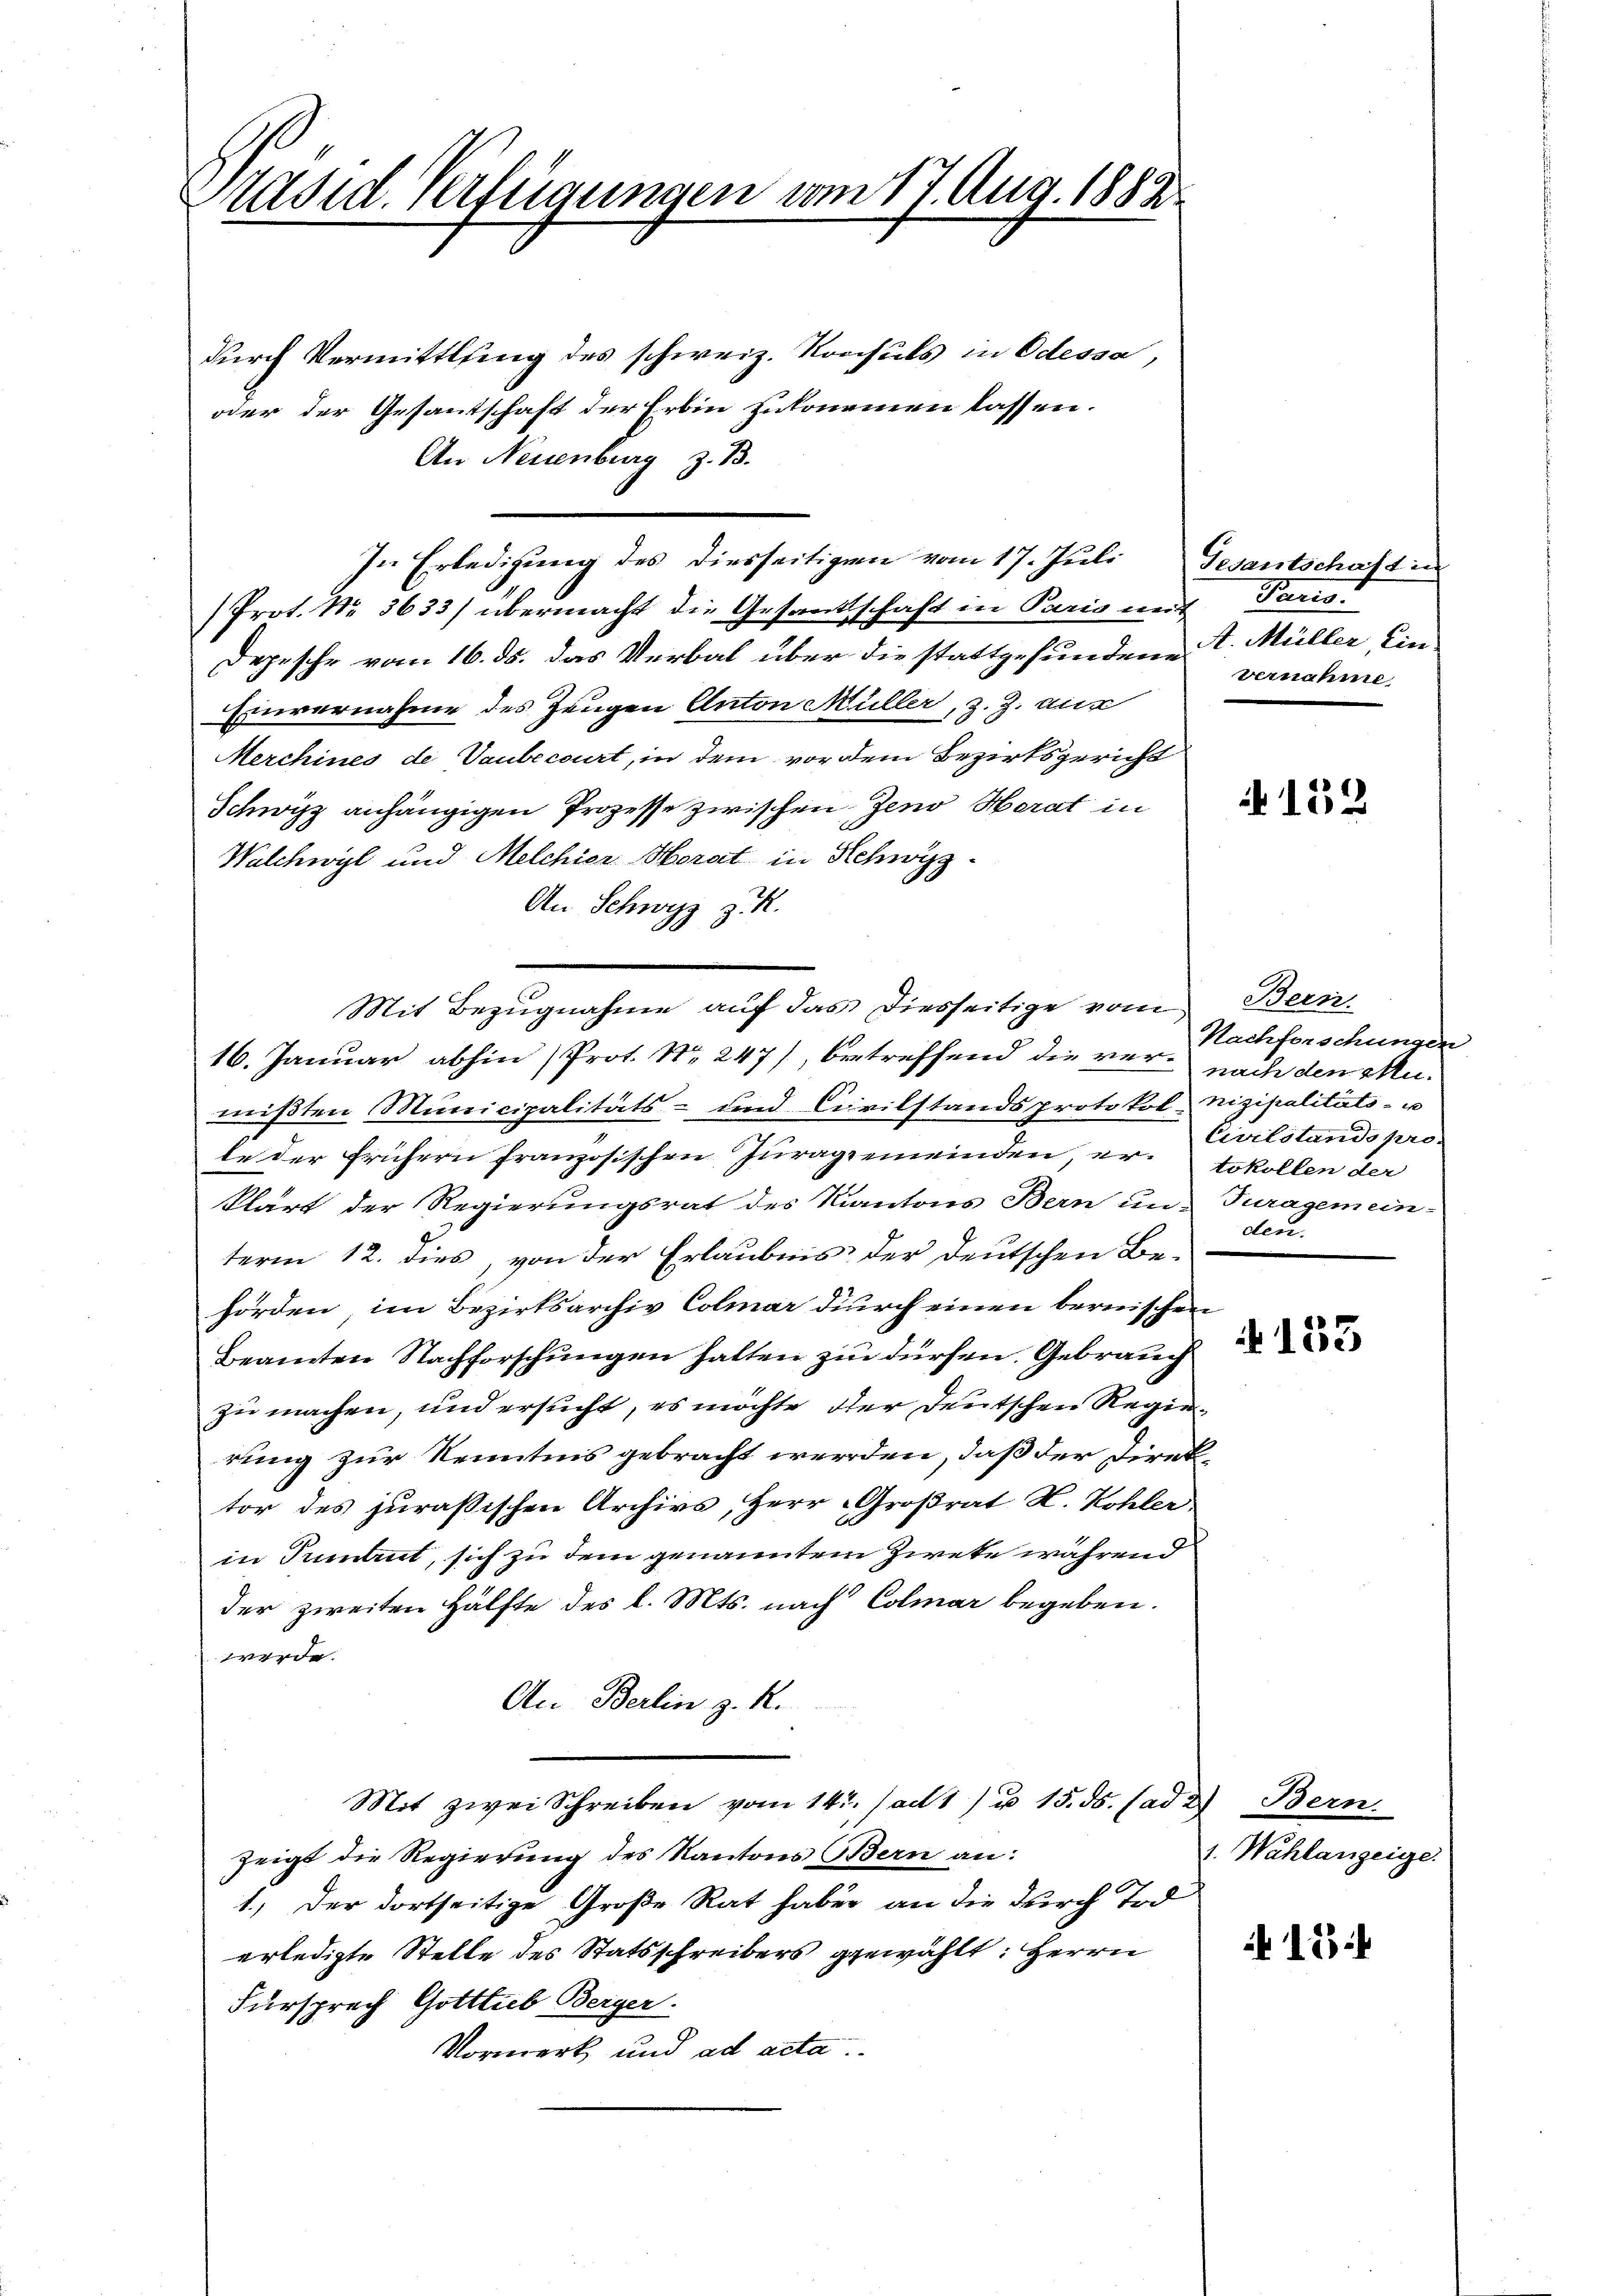
Präsid. Verfügungen vom 17. Aug. 1882

durch Vermittling des schweiz. Konsuls in Odessa,
oder der Gesantschaft der Erben zukommen lassen.
An Neuenburg z. B.
Prot. Nr. 3633/ übermacht die Gesandtschaft in Paris weit Paris.
Depesche vom 16. ds. das Verbal über die stattgefundene . Müller Ein-
Einvernahme des Zeugen Anton Müller, z. Z. nic
Merchines de Vaubecourt, in dem vor dem Bezirksgericht
Schwyz anhängigen Prozesse zwischen Zeno Herat in
Walchwyl und Melchier Horat in Schwyz
An Schwyz z. R.
16. Januar abhin (Prot. Nr. 247), betreffend die vernach den Mumißten Municipalitäts- und Civilstandsprotokol nizipalitäts- u
te der frühern französischen Juraggemeinden, er tokollen der
klärt der Regierungsrat des Kantons Bern in Turagemeinterm 12. dies, von der Erlaubnis der deutschen Behörden, im Bezirksarchiv Colmar durch einen bernischen
Beamten Nachforschungen halten zu dürfen. Gebrauch
zu machen, und ersucht, es möchte der Deutschen Regierung zur Kenntnis gebracht werden, daß der Direktor des jurassischen Archivs, Herr Großrat H. Kohler.
in Sument, sich zu dem genanntem Zweke während
der zweiten Hälfte des l. Mts. nach Colmar begeben.
werde.
An Berlin z. R.
Mit zwei Schreiben vom 14t. ad 1) u. 15. ds. (ad 2.) Bern.
zeigt die Regierung des Kantons Bern an:
1.) Der dortseitige Große Rat haber an die durch Tod
erledigte Stelle des Statsschreibers gewählt: Herrn
Fürsprach Gottlieb Berger
Vormerk und ad acta.

In Erledigung des diesseitigen vom 17. Juli Gesantschaft in

Mit Bezugnahme auf das diesseitige vom Bern

vernahme

A 152

Nachforschungen
Civilstands pro.
den.

A 153

1. Wahlanzeige

15